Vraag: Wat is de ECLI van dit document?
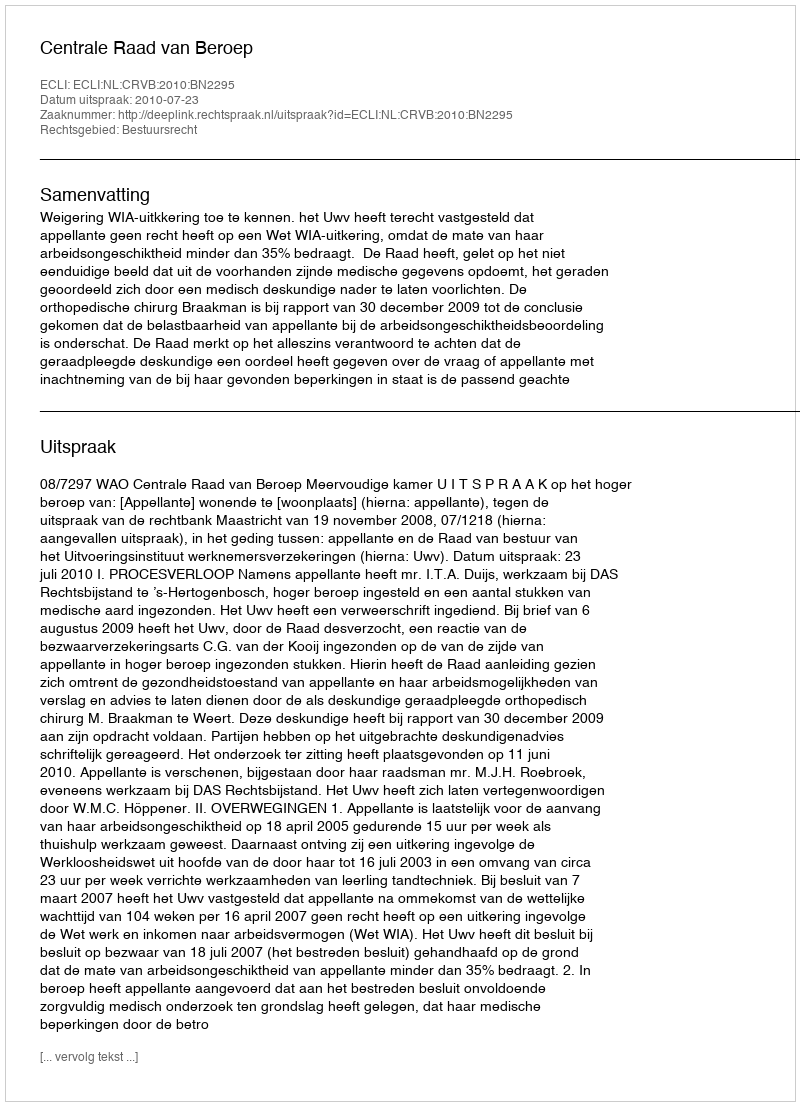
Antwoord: ECLI:NL:CRVB:2010:BN2295